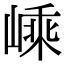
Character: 嵊